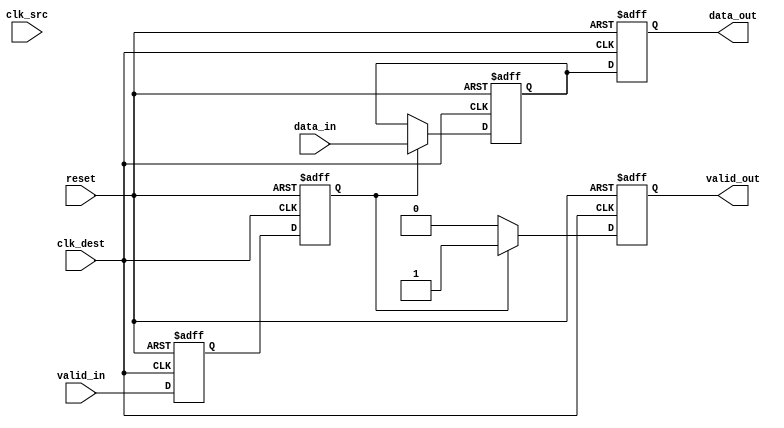
module handshake_synchronizer #(
    parameter DATA_WIDTH = 8,  // Width of the data bus
    parameter RESET_ACTIVE_LOW = 1 // 1 for active low reset, 0 for active high
)(
    input  wire [DATA_WIDTH-1:0] data_in,     // Data input from source clock domain
    input  wire valid_in,                       // Valid signal from source clock domain
    input  wire clk_src,                        // Clock signal for source domain
    input  wire clk_dest,                       // Clock signal for destination domain
    input  wire reset,                          // Reset signal
    output reg [DATA_WIDTH-1:0] data_out,      // Synchronized data output
    output reg valid_out                        // Valid output signal for destination clock domain
);

    // Synchronization registers for valid signal
    reg valid_sync_1;
    reg valid_sync_2;

    // Register to hold data in destination domain
    reg [DATA_WIDTH-1:0] data_reg;

    // Asynchronous reset handling
    wire reset_n = (RESET_ACTIVE_LOW == 1) ? ~reset : reset;

    // Synchronize valid signal to destination clock domain
    always @(posedge clk_dest or negedge reset_n) begin
        if (!reset_n) begin
            valid_sync_1 <= 1'b0;
            valid_sync_2 <= 1'b0;
        end else begin
            valid_sync_1 <= valid_in;          // First stage of synchronization
            valid_sync_2 <= valid_sync_1;      // Second stage of synchronization
        end
    end

    // Data transfer logic
    always @(posedge clk_dest or negedge reset_n) begin
        if (!reset_n) begin
            data_out <= {DATA_WIDTH{1'b0}};
            valid_out <= 1'b0;
            data_reg <= {DATA_WIDTH{1'b0}};
        end else begin
            if (valid_sync_2) begin
                data_reg <= data_in;            // Latch data when valid is synchronized
                valid_out <= 1'b1;              // Assert valid_out
            end else begin
                valid_out <= 1'b0;               // Deassert valid_out when not valid
            end
            data_out <= data_reg;                // Output the synchronized data
        end
    end

endmodule